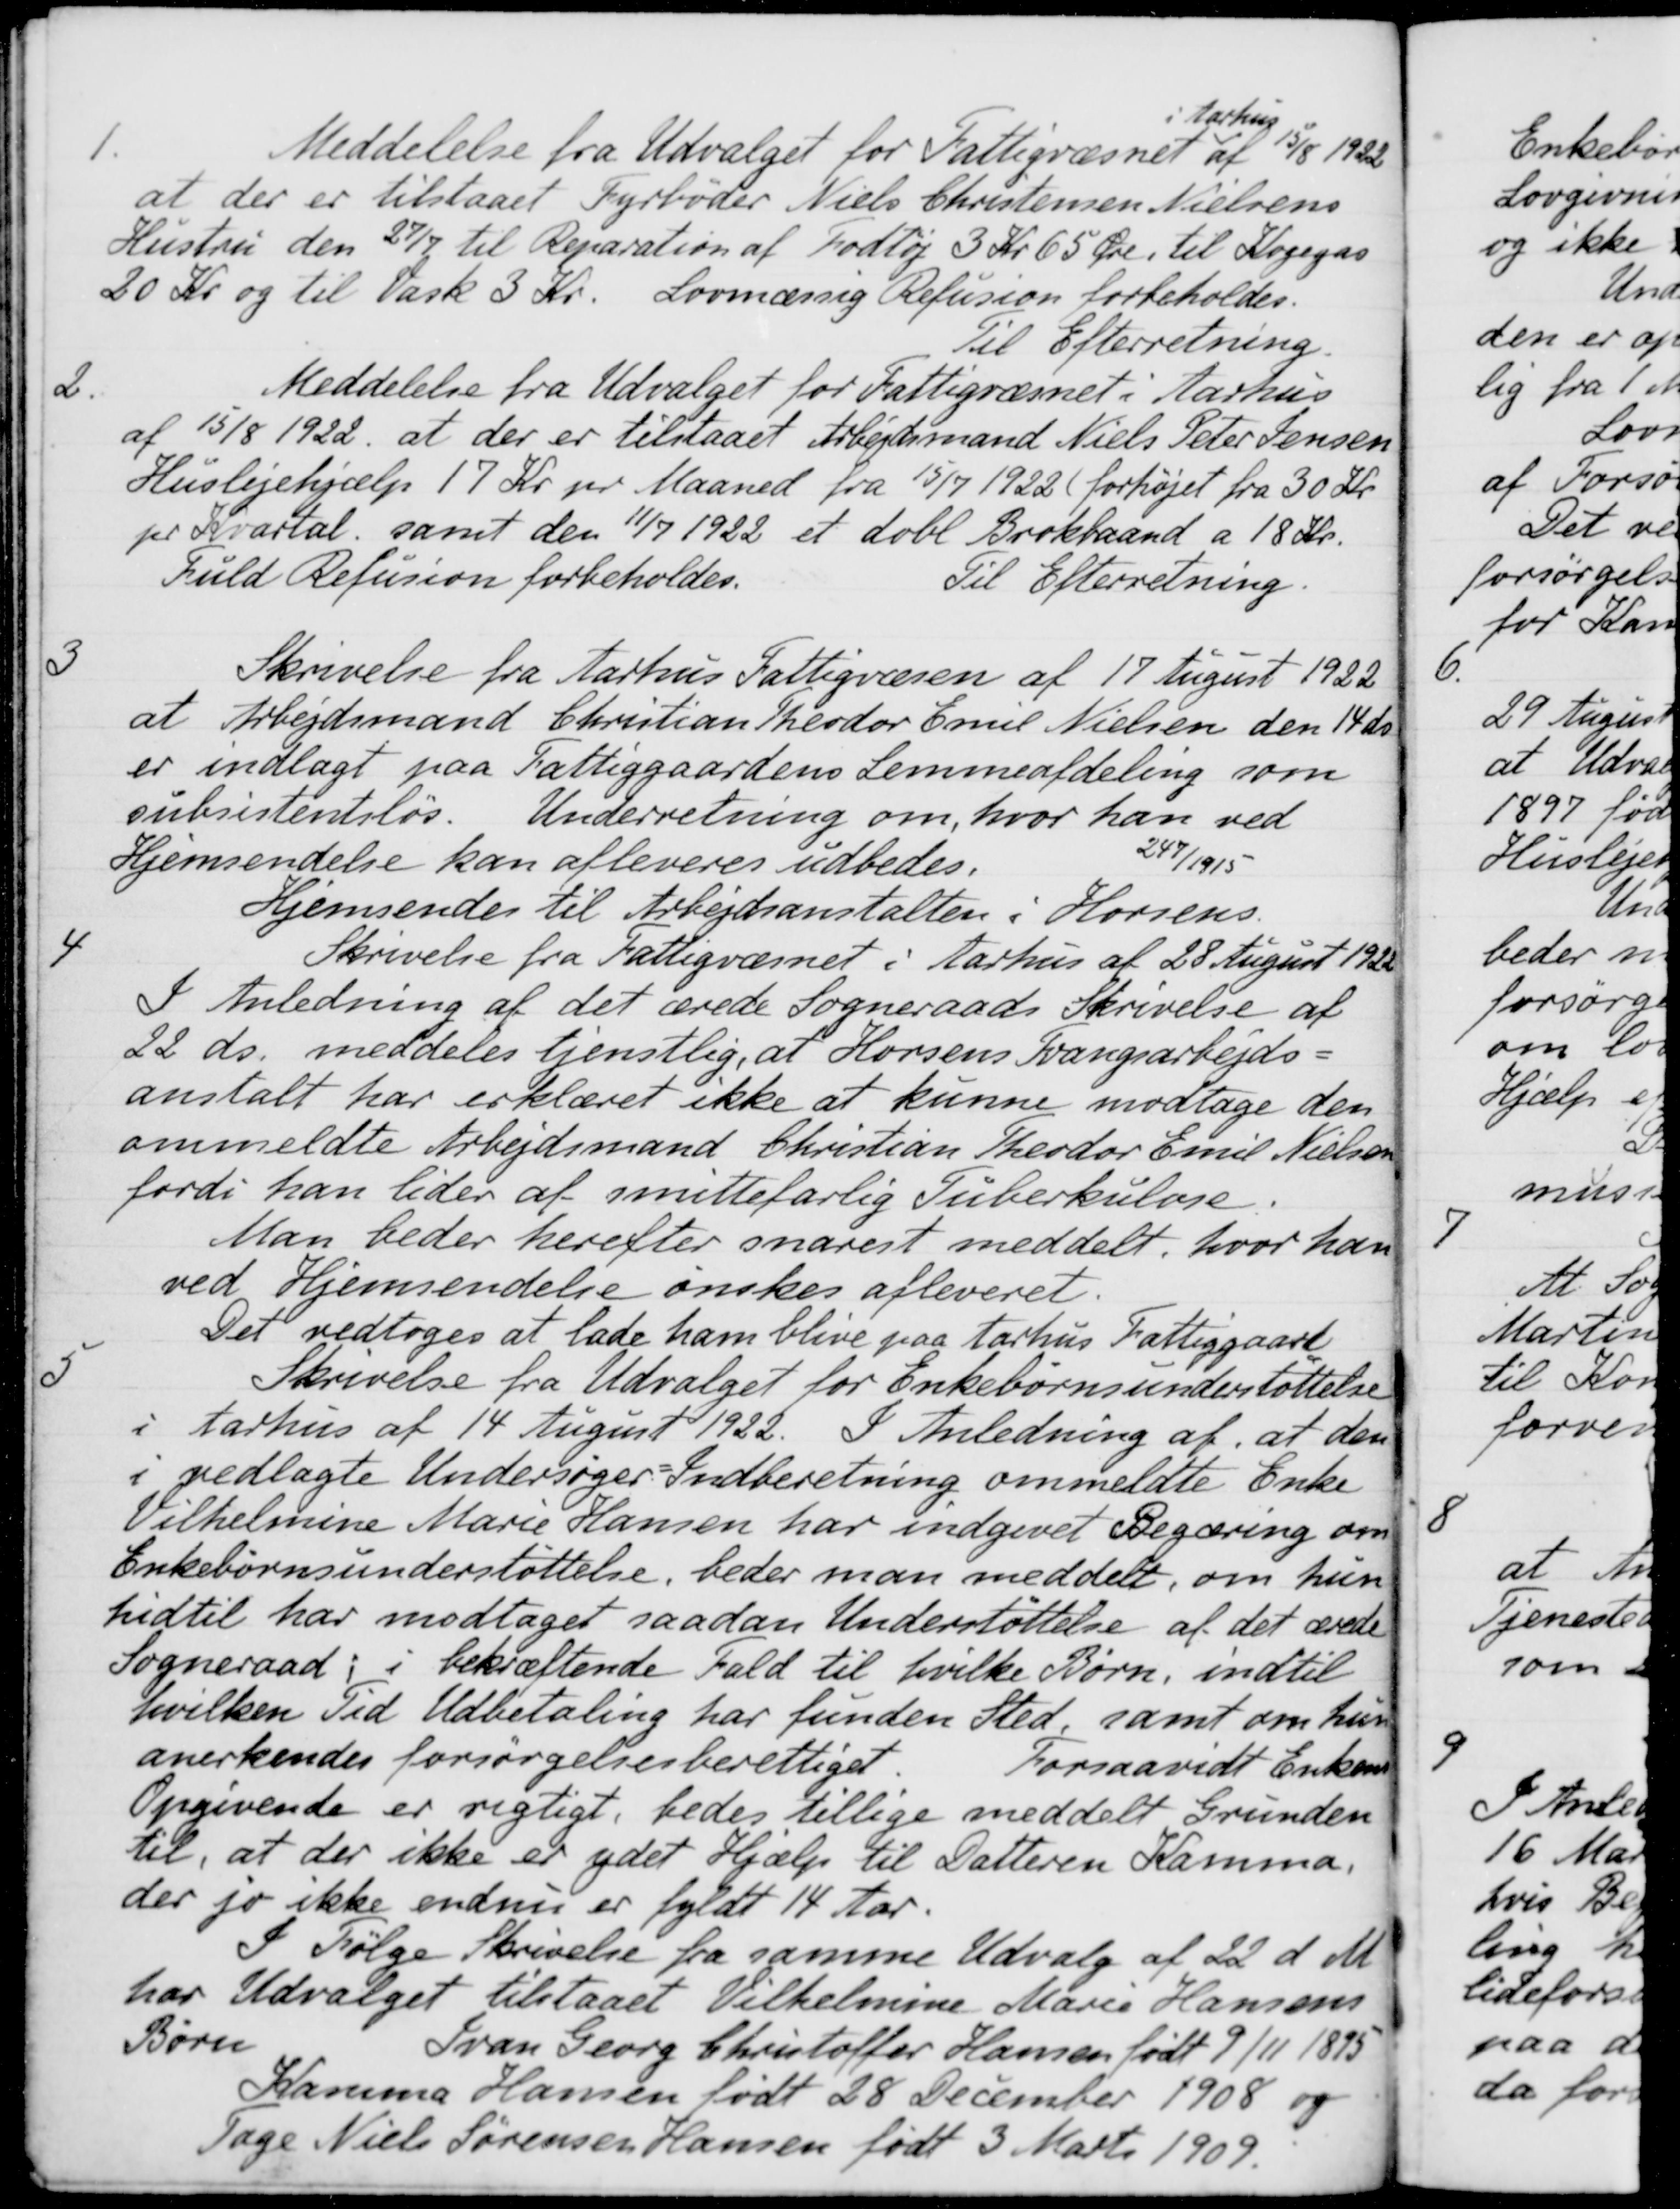
Transskription:
1.
Meddelelse fra Udvalget for Fattigvæsnet
Aarhus
af 15/8 1922
at der er tilstaaet Fyrbøder Niels Christensen Nielsens
Hustru den 27/7 til Reparation af Fodtøj 3 Kr 65 Øre, til Kogegas
20 Kr og til Vask 3 Kr. Lovmæssig Refusion forbeholdes.
Til Efterretning.
2.
Meddelelse fra Udvalget for Fattigvæsnet i Aarhus
af 15/8 1922, at der er tilstaaet Arbejdsmand Niels Peter Jensen
Huslejehjælp 17 Kr. pr Maaned fra 15/7 1922 (forhøjet fra 30 Kr.
pr Kvartal, samt den 11/7 1922 et dobl Brokbaand a 18 Kr.
Fuld Refusion forbeholdes.
Til Efterretning.
3
Skrivelse fra Aarhus Fattigvæsen af 17 August 1922
at Arbejdsmand Christian Theodor Emil Nielsen den 14 ds
er indlagt paa Fattiggaardens Lemmeafdeling som
subsistentsløs. Underretning om, hvor han ved
Hjemsendelse kan afleveres udbedes
247/1915
Hjemsendes til Arbejdsanstalten i Horsens.
4
Skrivelse fra Fattigvæsnet i Aarhus af 28 August 1922
I Anledning af det ærede Sogneraads Skrivelse af
22 ds. meddeles tjenstlig, at Horsens Tvangsarbejds-
anstalt har erklæret ikke at kunne modtage den
ommeldte Arbejdsmand Christian Theodor Emil Nielsen
fordi han lider af smittefarlig Tuberkulose.
Man beder herefter snarest meddelt, hvor han
ved Hjemsendelse ønskes afleveret.
Det vedtoges at lade ham blive paa Aarhus Fattiggaard
5
Skrivelse fra Udvalget for Enkebørnsunderstøttelse
i Aarhus af 14 August 1922. I Anledning af, at den
i vedlagte Undersøger-Indberetning ommeldte Enke
Vilhelmine Marie Hansen har indgivet Begæring om
Enkebørnsunderstøttelse, beder man meddelt, om hun
hidtil har modtaget saadan Understøttelse af det ærede
Sogneraad, i bekræftende fald til hvilke Børn, indtil
hvilken Tid Udbetaling har funden Sted samt om hun
anerkendes forsørgelsesberettiget
Forsaavidt Enkens
Opgivende er rigtigt, bedes tillige meddelt Grunden 
til, at der ikke er ydet Hjælp til Datteren Kamma,
der jo ikke endnu er fyldt 14 Aar.
I Følge Skrivelse fra samme Udvalg af 22 d. M.
har Udvalget tilstaaet Vilhelmine Marie Hansens
Børn Ivan Georg Christoffer Hansen født 9/11 1895
Karmma Hansen født 28 December 1908 og 
Tage Niels Sørensen Hansen født 3 Marts 1909.